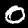
Digit: 0